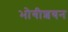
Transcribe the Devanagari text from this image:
भोगीशयन